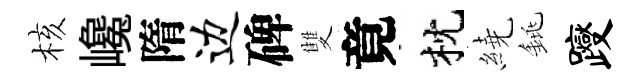
核巉隋边碑雙竟枕繞銚躞